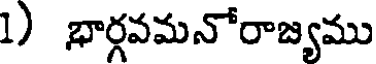
1) భార్గవమనోరాజ్యము